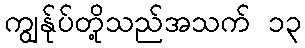
ကျွန်ုပ်တို့သည်အသက် ၁၃